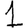
Digit: 1